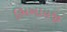
ભિખાયજી